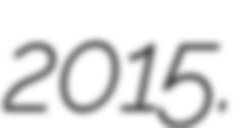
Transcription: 2015.